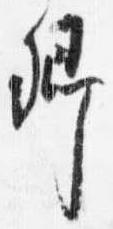
卿